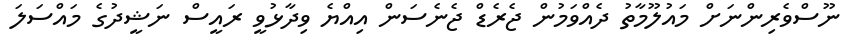
ނޫސްވެރިންނަށް މައުލޫމާތު ދެއްވަމުން ޖެރެޑް ޖެނެސަން އިއްޔެ ވިދާޅުވީ ރައީސް ނަޝީދުގެ މައްސަލަ